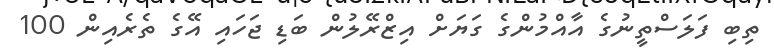
ތިބި ފަލަސްތީނުގެ އާއްމުުންގެ ގަޔަށް އިޒްރޭލުން ބަޑި ޖަހައި އޭގެ ތެރެއިން 100